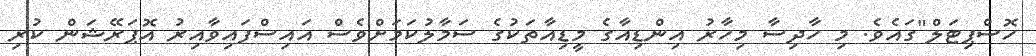
ހޮސްޕިޓަލް"ގައެވެ. މި ހާދިސާ މިހާރު އިންޑިއާގެ މީޑިއާތަކުގެ ސަމާލުކަމަށްވެސް އައިސްފައިވާއިރު އޮޕަރޭޝަން ކުރި